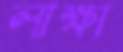
লাক্ষা